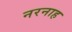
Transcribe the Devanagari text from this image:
नरनाह